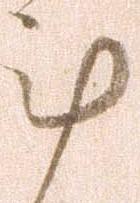
計